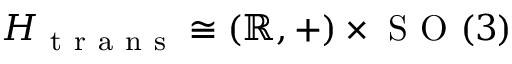
H _ { \mathrm { ~ t ~ r ~ a ~ n ~ s ~ } } \cong ( \mathbb { R } , + ) \times \mathrm { ~ S ~ O ~ } ( 3 )